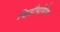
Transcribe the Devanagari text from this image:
व्हिडीयोगेम